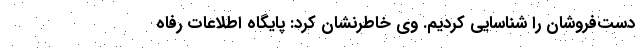
دست‌فروشان را شناسایی کردیم. وی خاطرنشان کرد: پایگاه اطلاعات رفاه